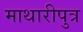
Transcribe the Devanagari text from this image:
माथारीपुत्र